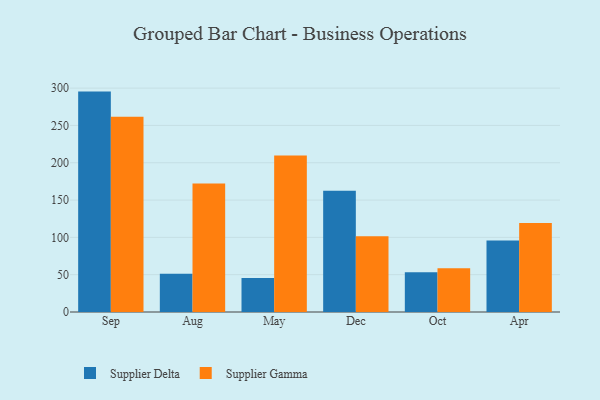
{"axis": {"x": "Month", "y": "Energy Usage (MWh)"}, "legend": ["Supplier Delta", "Supplier Gamma"], "data": [{"x": "Sep", "y": 295.3, "type": "Supplier Delta"}, {"x": "Sep", "y": 261.6, "type": "Supplier Gamma"}, {"x": "Aug", "y": 51.1, "type": "Supplier Delta"}, {"x": "Aug", "y": 172.3, "type": "Supplier Gamma"}, {"x": "May", "y": 45.6, "type": "Supplier Delta"}, {"x": "May", "y": 209.7, "type": "Supplier Gamma"}, {"x": "Dec", "y": 162.5, "type": "Supplier Delta"}, {"x": "Dec", "y": 101.5, "type": "Supplier Gamma"}, {"x": "Oct", "y": 53.3, "type": "Supplier Delta"}, {"x": "Oct", "y": 58.5, "type": "Supplier Gamma"}, {"x": "Apr", "y": 95.8, "type": "Supplier Delta"}, {"x": "Apr", "y": 119.1, "type": "Supplier Gamma"}]}